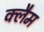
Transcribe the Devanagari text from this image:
क्लैम